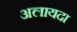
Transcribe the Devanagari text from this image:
अलायदा